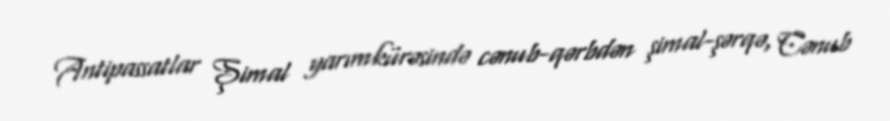
Antipassatlar Şimal yarımkürəsində cənub-qərbdən şimal-şərqə, Cənub